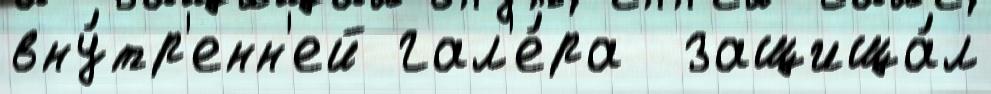
вну́тр'енн'ей гал'е́ра  защища́л